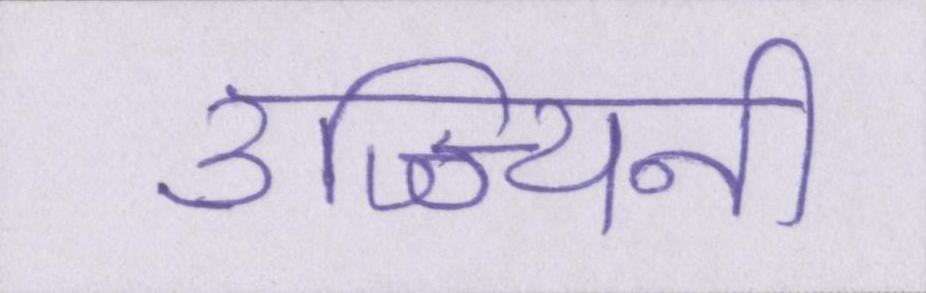
उज्ज्यिनी